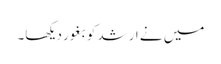
میں نے ارشد کو بغور دیکھا۔